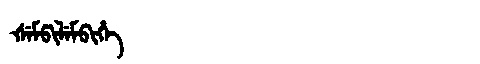
Manchu: ᡧᡝᠮᡦᡳᠯᡝᠮᠪᡳᡥᡝ
Romanization: ŠEMPILEMBIHE